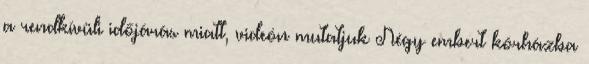
a rendkívüli időjárás miatt, videón mutatjuk Négy embert kórházba